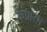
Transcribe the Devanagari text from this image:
केप्रारंभ